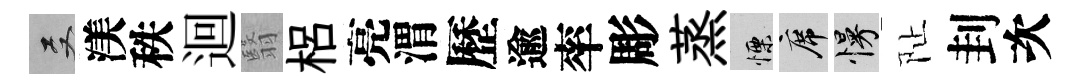
双渼秩迴翳梠亮渭歷逾率彫蒸慄席慢阯刲次